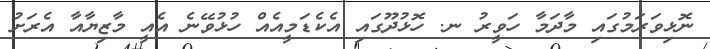
ނޮޅިވަރަމުގައި މާދަމާ ހަވީރު ނ. ހޮޅުދޫގައި އެކެޑަމީއެއް ހުޅުވޭނެ އެއީ މާޒިޔާއާ އެރަށު